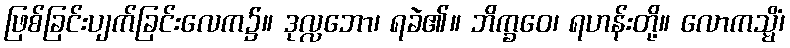
ဖြစ်ခြင်းပျက်ခြင်းလေက၌။ ဒုလ္လဘော၊ ရခဲ၏။ ဘိက္ခဝေ၊ ရဟန်းတို့။ လောကသ္မိံ၊